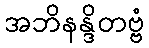
အဘိနန္ဒိတဗ္ဗံ